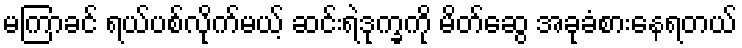
မကြာခင် ရယ်ပစ်လိုက်မယ့် ဆင်းရဲဒုက္ခကို မိတ်ဆွေ အခုခံစားနေရတယ်